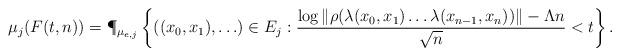
LaTeX: \begin{align*}\mu_j(F(t,n))=\P_{\mu_{e,j}}\left\{((x_0,x_1), \ldots) \in E_j : \frac{\log\| \rho(\lambda(x_0,x_1) \ldots \lambda(x_{n-1},x_n)) \| - \Lambda n }{\sqrt{n}} < t\right\}.\end{align*}